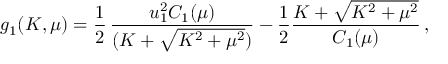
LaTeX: g _ { 1 } ( K , \mu ) = { \frac { 1 } { 2 } } \, { \frac { u _ { 1 } ^ { 2 } C _ { 1 } ( \mu ) } { ( K + \sqrt { K ^ { 2 } + \mu ^ { 2 } } ) } } - { \frac { 1 } { 2 } } { \frac { K + \sqrt { K ^ { 2 } + \mu ^ { 2 } } } { C _ { 1 } ( \mu ) } } \, ,